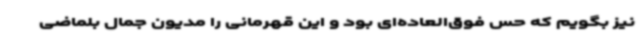
نیز بگویم که حس فوق‌العاده‌ای بود و این قهرمانی را مدیون جمال بلماضی